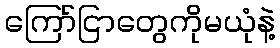
ကြော်ငြာတွေကိုမယုံနဲ့